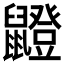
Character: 𫜣